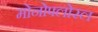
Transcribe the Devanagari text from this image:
मोनोफ्लोरल